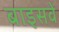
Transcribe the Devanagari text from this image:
बाइसवें